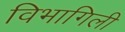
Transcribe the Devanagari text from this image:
विभागिली